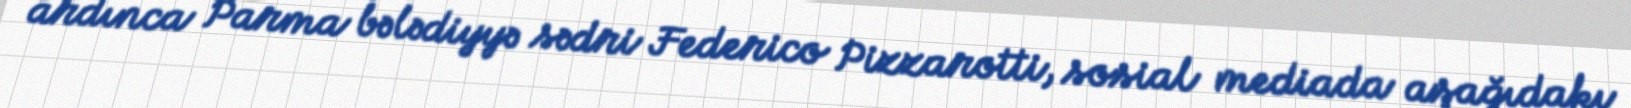
ardınca Parma bələdiyyə sədri Federico Pizzarotti, sosial mediada aşağıdakı